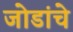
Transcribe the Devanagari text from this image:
जोडांचे